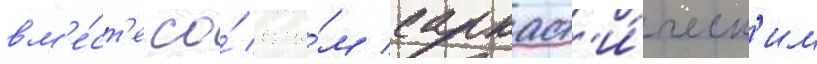
вм'е́ст'е со́ свои́м саркаст'и́ческ'им